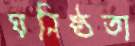
ঘনিষ্ঠতা